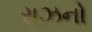
રાઝનો